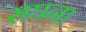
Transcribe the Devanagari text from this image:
सघना